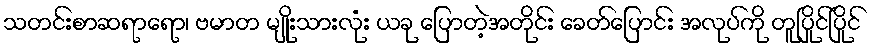
သတင်းစာဆရာရော၊ ဗမာတ မျိုးသားလုံး ယခု ပြောတဲ့အတိုင်း ခေတ်ပြောင်း အလုပ်ကို တူပြိုင်ပြိုင်